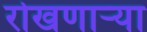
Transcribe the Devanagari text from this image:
रोखणाऱ्या